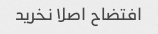
افتضاح اصلا نخرید